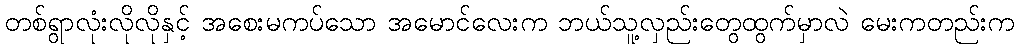
တစ်ရွာလုံးလိုလိုနှင့် အစေးမကပ်သော အမောင်လေးက ဘယ်သူ့လှည်းတွေထွက်မှာလဲ မေးကတည်းက